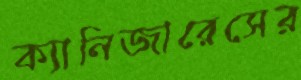
ক্যানিজারেসের